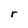
Character: r